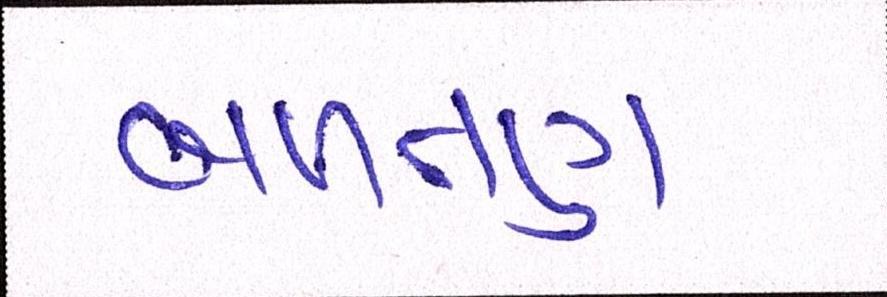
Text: બળતણ